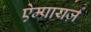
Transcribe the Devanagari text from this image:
ऐम्पायर्ज़